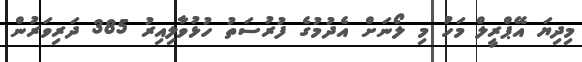
މިދިޔަ އޭޕްރީލް މަހު މި ލޯނަށް އެދުމުގެ ފުރުސަތު ހުޅުވާލިއިރު 385 ދަރިވަރުން